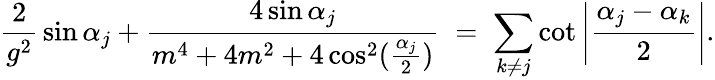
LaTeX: {\frac{2}{g^{2}}}\sin\alpha_{j}+{\frac{4\sin\alpha_{j}}{m^{4}+4m^{2}+4\cos^{2}({\frac{\alpha_{j}}{2}})}}\; =\; \sum_{k\neq j}\cot\left|{\frac{\alpha_{j}-\alpha_{k}}{2}}\right|.